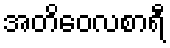
အတိဝေလစာရီ